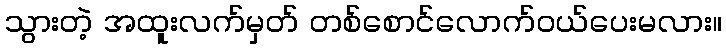
သွားတဲ့ အထူးလက်မှတ် တစ်စောင်လောက်ဝယ်ပေးမလား။